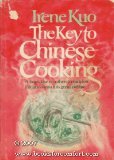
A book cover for The Key to Chinese Cooking; Irene Kuo; Cookbooks, Food & Wine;